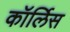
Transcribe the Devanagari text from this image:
कॉर्लिस